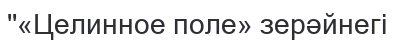
''«Целинное поле» зерәйнегі